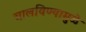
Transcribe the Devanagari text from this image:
चालविण्यामुळे